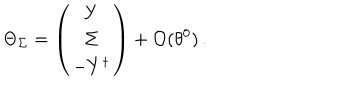
\Theta _ { \Sigma } = \left( \begin{array} { c } { { Y } } \\ { { \Sigma } } \\ { { - Y ^ { \dagger } } } \\ \end{array} \right) + { \cal O } ( \theta ^ { 0 } ) \, .